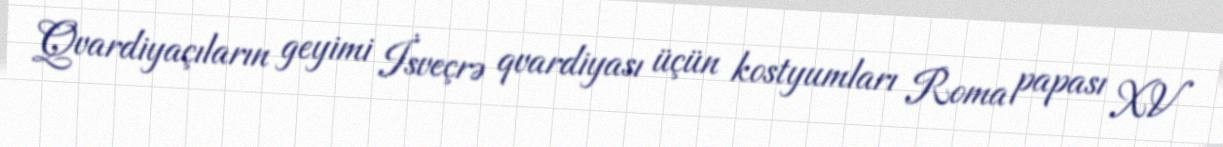
Qvardiyaçıların geyimi İsveçrə qvardiyası üçün kostyumları Roma papası XV